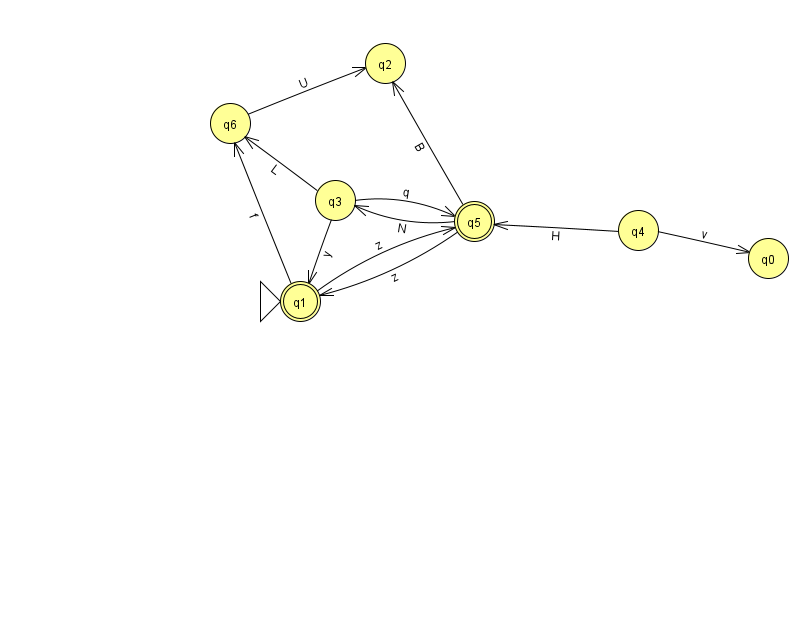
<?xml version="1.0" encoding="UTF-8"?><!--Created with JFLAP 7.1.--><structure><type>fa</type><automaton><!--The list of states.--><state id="0" name="q0"><x>768.0</x><y>245.0</y></state><state id="1" name="q1"><x>300.0</x><y>288.0</y><initial/><final/></state><state id="2" name="q2"><x>385.0</x><y>50.0</y></state><state id="3" name="q3"><x>335.0</x><y>187.0</y></state><state id="4" name="q4"><x>638.0</x><y>217.0</y></state><state id="5" name="q5"><x>474.0</x><y>208.0</y><final/></state><state id="6" name="q6"><x>230.0</x><y>110.0</y></state><!--The list of transitions.--><transition><from>4</from><to>0</to><read>v</read></transition><transition><from>1</from><to>6</to><read>f</read></transition><transition><from>5</from><to>3</to><read>N</read></transition><transition><from>6</from><to>2</to><read>U</read></transition><transition><from>1</from><to>5</to><read>z</read></transition><transition><from>5</from><to>1</to><read>z</read></transition><transition><from>4</from><to>5</to><read>H</read></transition><transition><from>5</from><to>2</to><read>B</read></transition><transition><from>3</from><to>6</to><read>L</read></transition><transition><from>3</from><to>5</to><read>q</read></transition><transition><from>3</from><to>1</to><read>y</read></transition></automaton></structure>